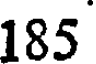
185